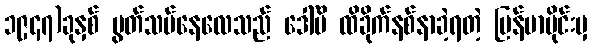
၁၉၄၇)ခုနှစ် ပွတ်သပ်နေလေသည် ဒေါ်မိ ထိခိုက်နစ်နာခဲ့ရတဲ့ မြန်မာပိုင်းမှ